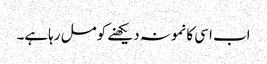
اب اسی کانمونہ دیکھنے کومل رہاہے۔